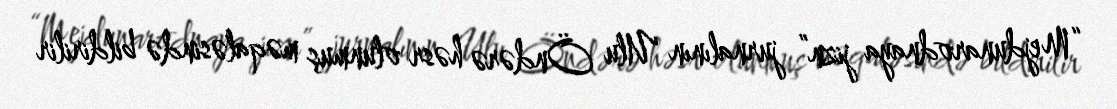
“Mejdunarodnaya jizn” jurnalının Ulu Öndərə həsr olunmuş məqaləsində bildirilir